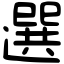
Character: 選